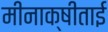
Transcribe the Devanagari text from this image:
मीनाक्षीताई